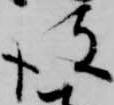
彼